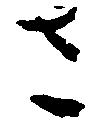
さ